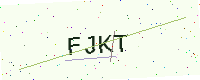
Text: FJKT